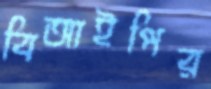
বিআইপির